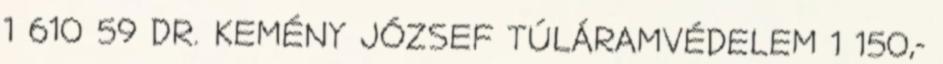
1 610 59 DR. KEMÉNY JÓZSEF TÚLÁRAMVÉDELEM 1 150,-